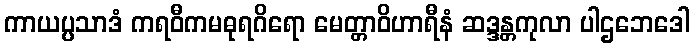
ကာယပ္ပသာဒံ ကရဝီကမဓုရဂိရော မေတ္တာဝိဟာရီနံ ဆဒ္ဒန္တကုလာ ပါဌဘေဒေါ